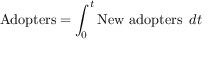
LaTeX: \ { \mathrm { A d o p t e r s } } = \int _ { 0 } ^ { t } { \mathrm { N e w ~ a d o p t e r s ~ } } \, d t